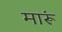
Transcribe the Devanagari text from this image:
मारूं